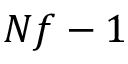
N f - 1